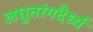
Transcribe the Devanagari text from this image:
लघुतरंगदैर्ध्य